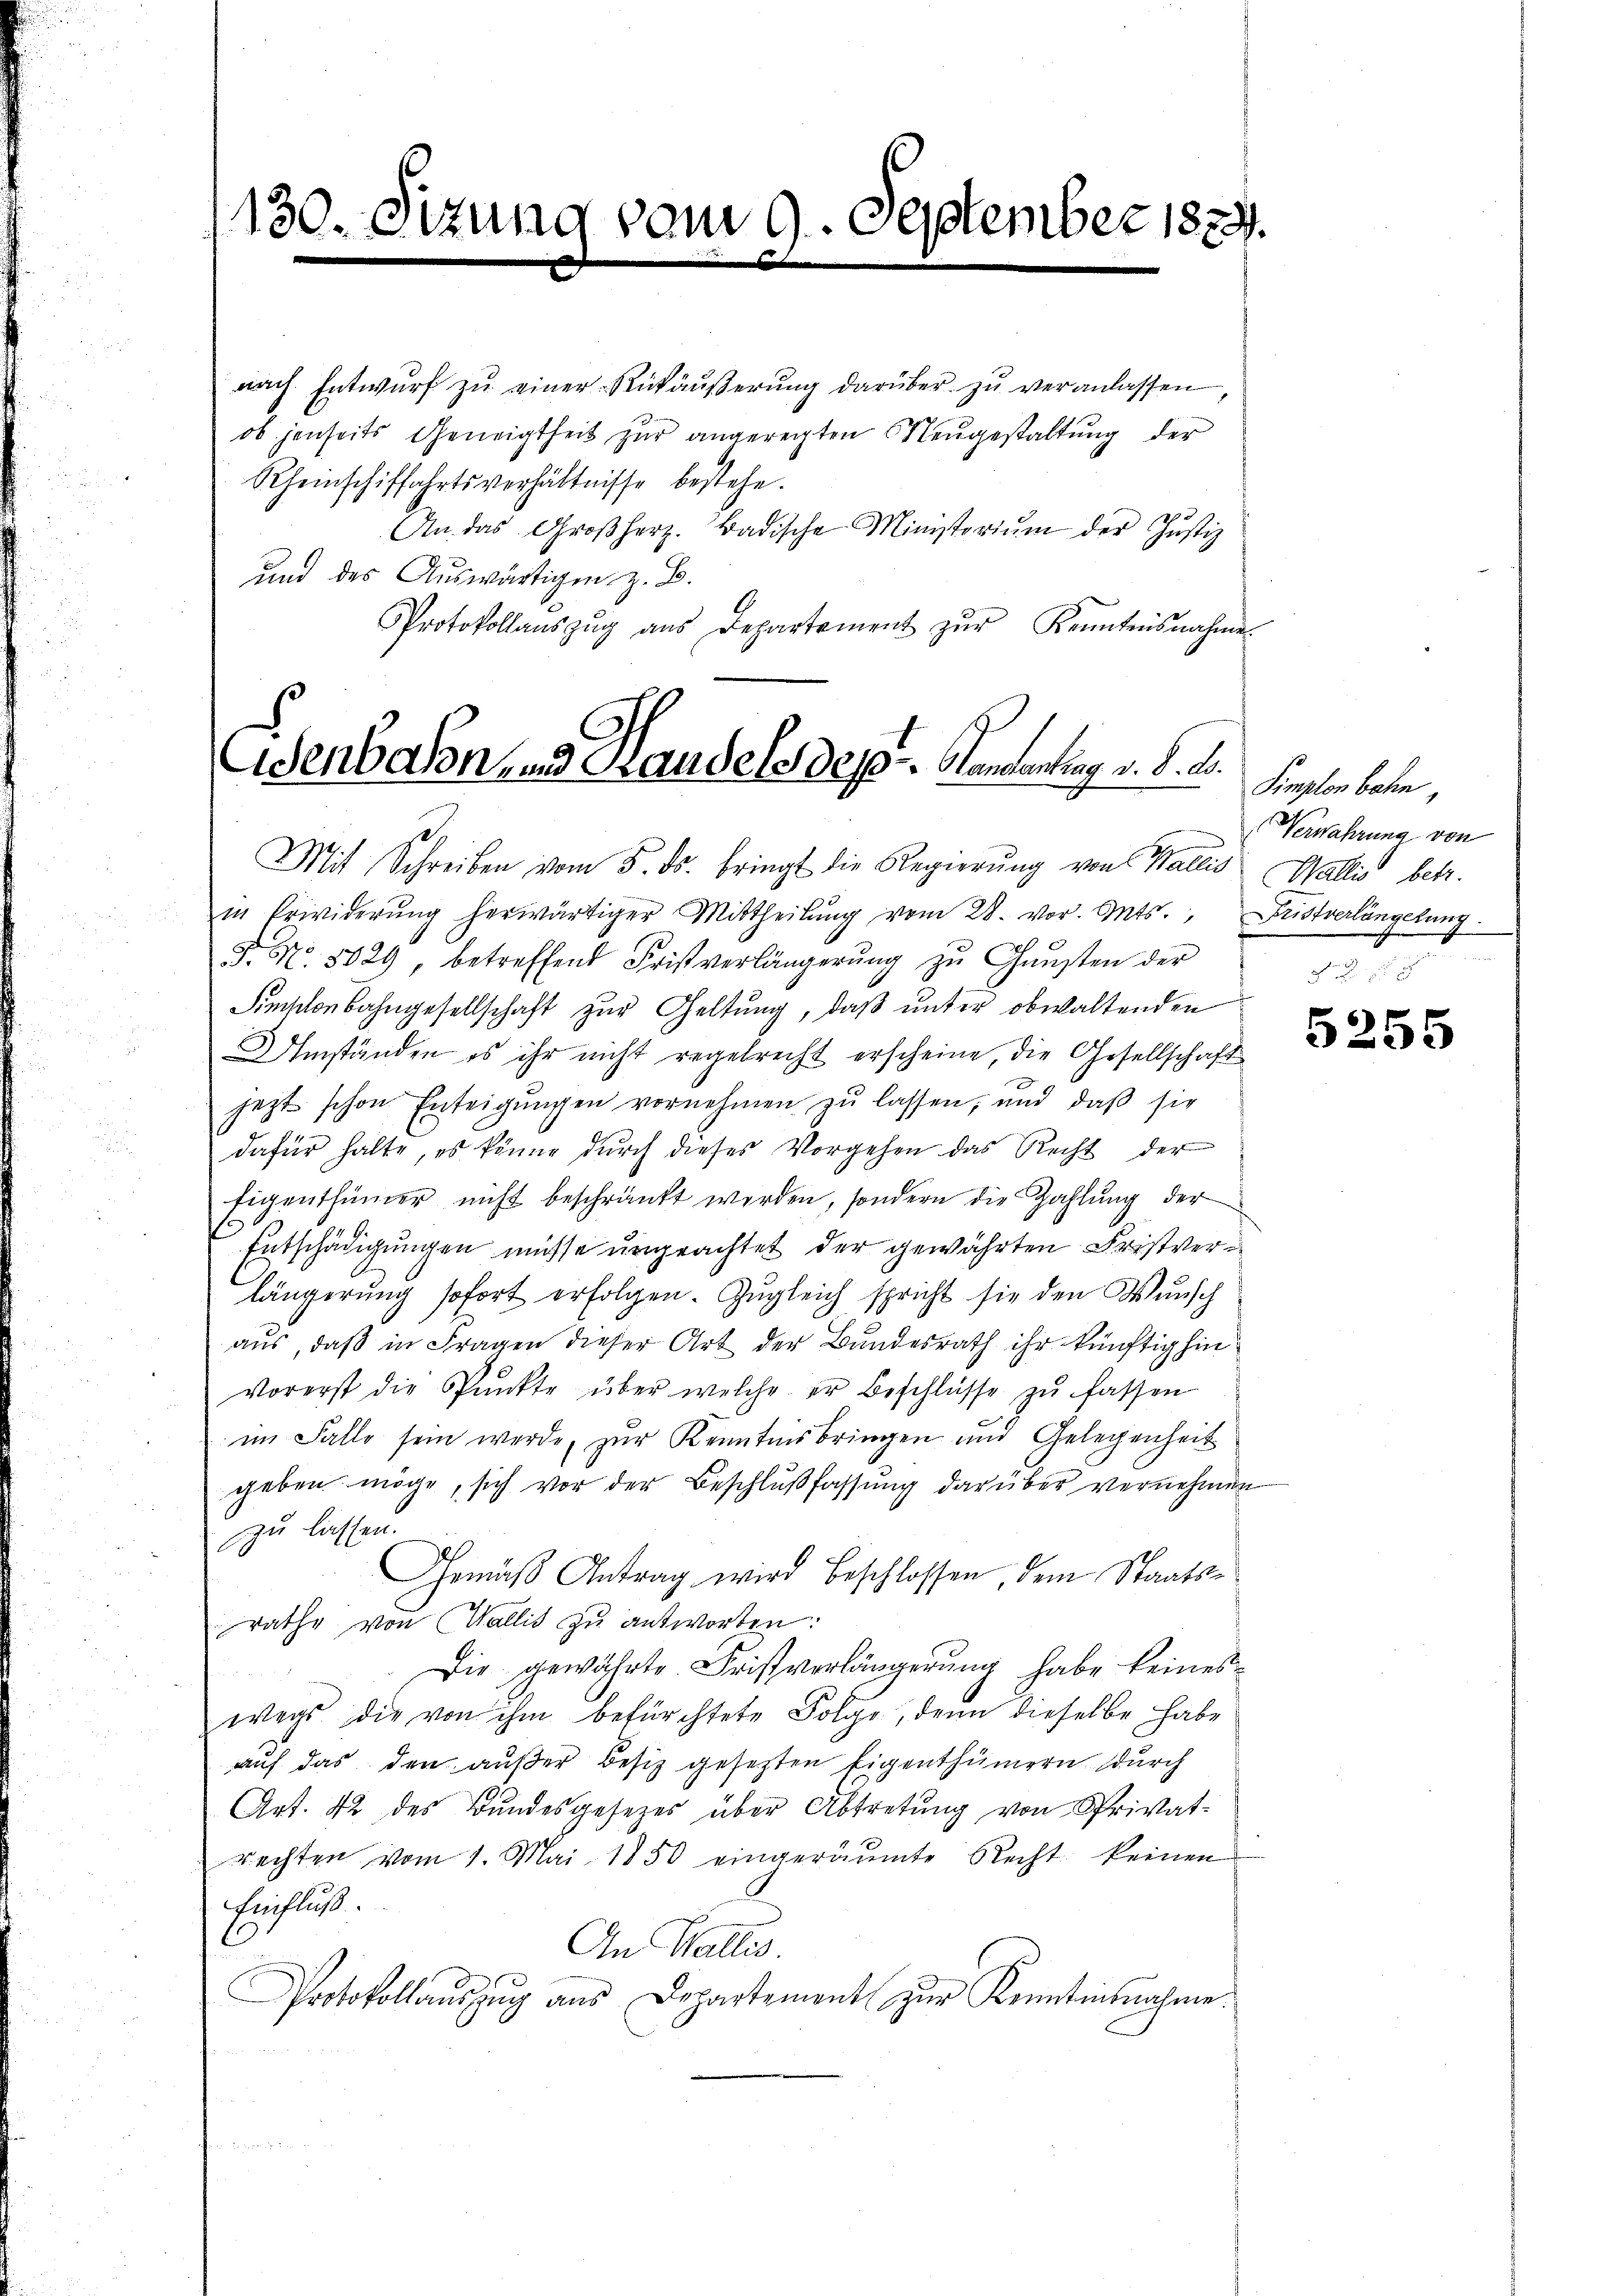
130. Sizung vom 9. September 1874.
e

nach Entwurf zu einer Rückäußerung darüber zu veranlassen,
ob jenseits Geneigtheit zur angeregten Neugestaltung der
Rheinschiffahrtsverhältnisse bestehe.
An das Großherz. Badische Ministeriŭm der Justiz
und des Auswärtigen z. B.
Protokollaŭszŭg aŭs Departement zŭr Kenntnisnahme

Eisenbahn zu Handeles dep. Kamentung v. 6. d.

Mit Schreiben vom 5. ds. bringt die Regierŭng von Wallis Wallis betr.
in Erwiderŭng herwärtiger Mittheilŭng vom 28. vor. Mts., Fristverlängstung.
F. No. 5829 betreffend Fristverlängerŭng zŭ Gŭnsten der
Simschenbahngesellschaft zur Geltung, daß unter obwaltenden
Umständen es ihr nicht regelrecht erscheine, die Gesellschaft
jezt schon Enteigungen vornehmen zu lassen, und daß sie
dafür halte, es könne durch dieses Vorgehen das Recht der
Eigenthümer nicht beschränkt werden, sondern die Zahlung der
Entschädigungen müsse ungeachtet der gewährten Fristverlängerung sofort erfolgen. Zŭgleich spricht sie den Wunsch
aus, daß in Fragen dieser Art der Bundesrath ihr künftig hin
Vorerst die Pŭnkte über welche er beschlüsse zŭ fassen
im Falle sein werde, zur Kenntnisbringen und Gelegenheit
geben möge, sich vor der Beschlußfassung darüber vernehmen
zu lassen.
Gemäß Antrag wird beschlossen dem Staatsrathe von Wallis zu antworten:
Die gewährte Fristverlängerung habe keines
wegs die von ihm befürchtete Folge, denn dieselbe habe
auf das den außer Besiz gesetzten Eigenthümern durch
Art. 42 des Bundesgesezes über Abtretung von Privatrechten vom 1. Mai 1850 eingeräumte Recht keinen
Einfluß.
An Wallis.
Protokollaŭszŭg aŭs Departement zŭr Kenntinnahme

Simplon bahn,
Verwahrung von
i

5255